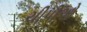
ચીપીઓ